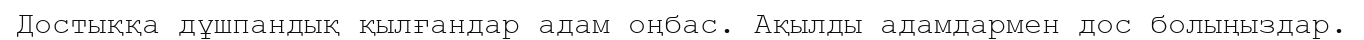
Достыққа дұшпандық қылғандар адам оңбас. Ақылды адамдармен дос болыңыздар.